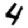
Digit: 4